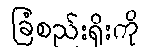
ခြံစည်းရိုးကို